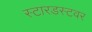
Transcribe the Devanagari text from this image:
स्टारडस्टवर